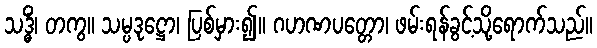
သဒ္ဓိံ၊ တကွ။ သမ္ပဒုဋ္ဌော၊ ပြစ်မှား၍။ ဂဟဏပတ္တော၊ ဖမ်းရန်ခွင့်သို့ရောက်သည်။